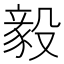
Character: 毅